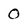
Character: 0